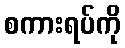
စကားရပ်ကို